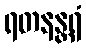
ရတနန္တရံ